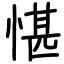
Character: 愖